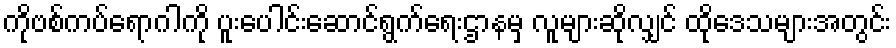
ကိုဗစ်ကပ်ရောဂါကို ပူးပေါင်းဆောင်ရွက်ရေးဌာနမှ လူများဆိုလျှင် ထိုဒေသများအတွင်း